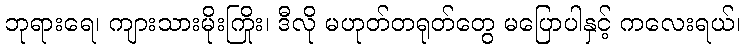
ဘုရားရေ၊ ကျားသားမိုးကြိုး၊ ဒီလို မဟုတ်တရုတ်တွေ မပြောပါနှင့် ကလေးရယ်၊